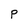
Character: P